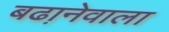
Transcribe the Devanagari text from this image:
बढा़नेवाला